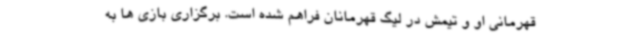
قهرمانی او و تیمش در لیگ قهرمانان فراهم شده است. برگزاری بازی ها به